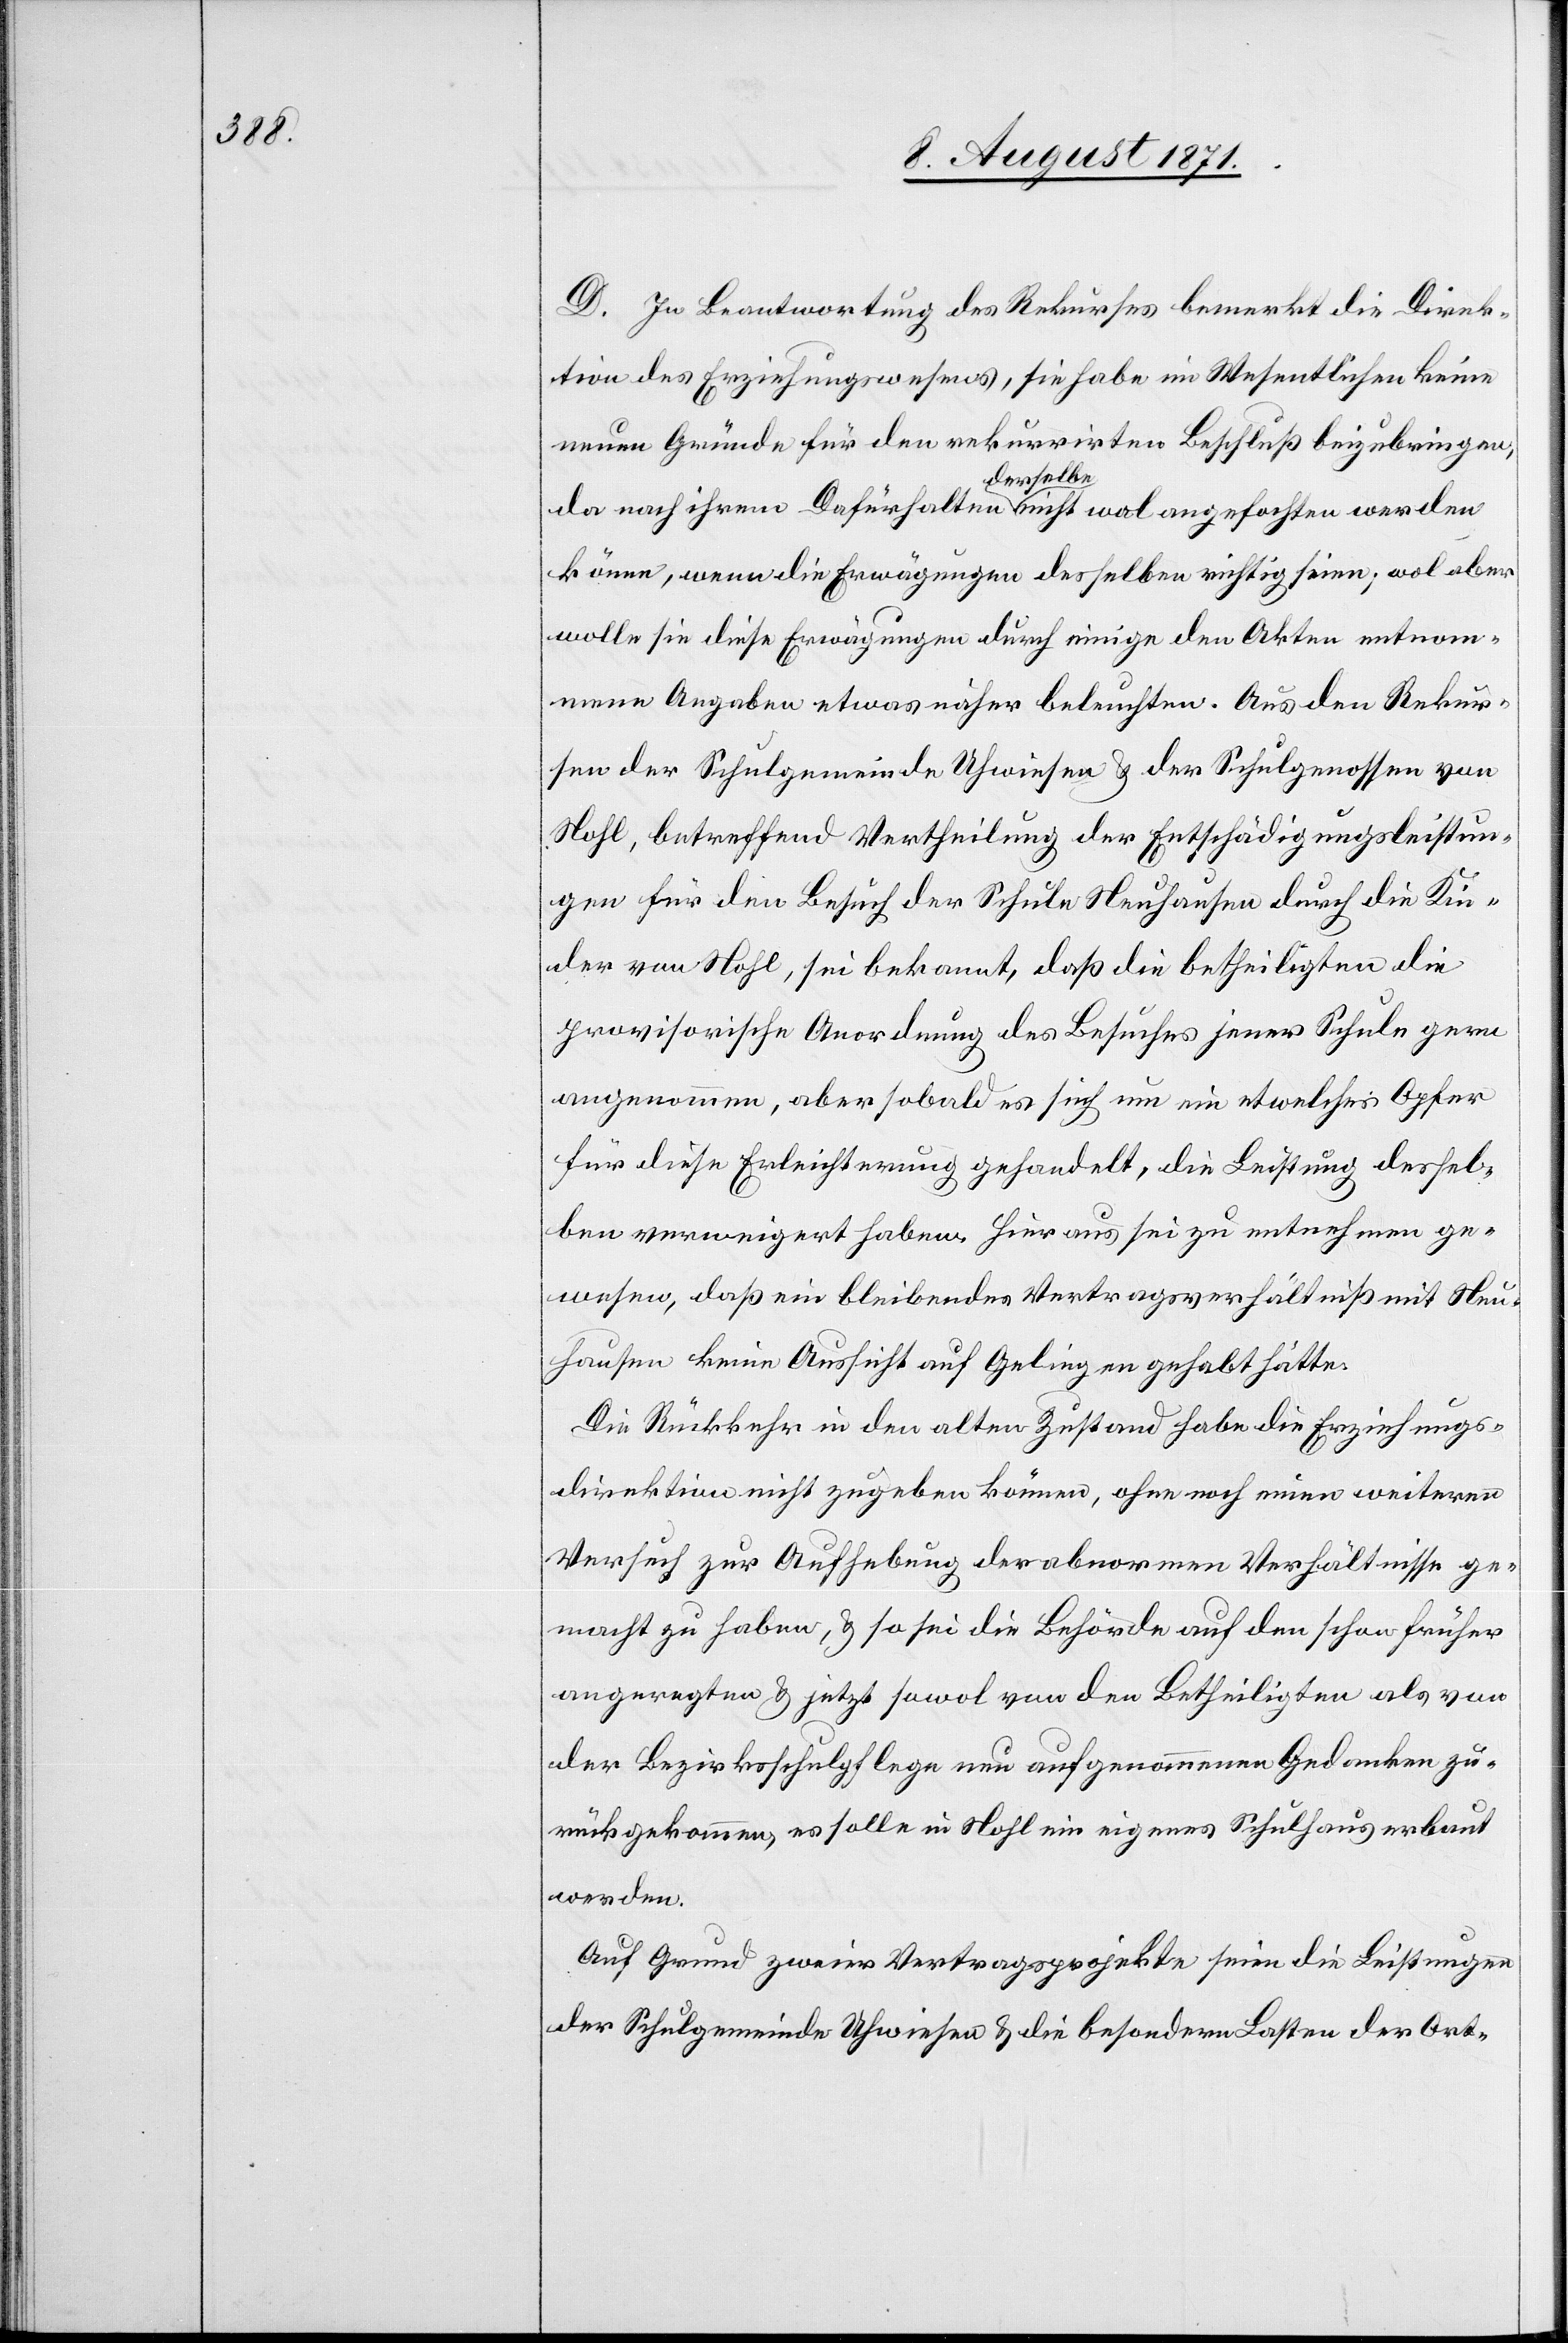
D. In Beantwortung des Rekurses bemerkt die Direk¬
tion des Erziehungswesens, sie habe im Wesentlichen keine
neuen Gründe für den rekurrirten Beschluß beizubringen,
da nach ihrem Dafürhalten derselbe nicht wol angefochten werden
könne, wenn die Erwägungen derselben richtig seien, wol aber
wolle sie diese Erwägungen durch einige den Akten entnom¬
mene Angaben etwas näher beleuchten. Aus den Rekur¬
sen der Schulgemeinde Uhwiesen & der Schulgenossen von
Nohl, betreffend Vertheilung der Entschädigungsleistun¬
gen für den Besuch der Schule Neuhausen durch die Kin¬
der von Nohl, sei bekannt, daß die betheiligten die
provisorische Anordnung des Besuches jener Schule gerne
angenommen, aber sobald es sich um ein etwelches Opfer
für diese Erleichterung gehandelt, die Leistung dessel¬
ben verweigert haben. Hieraus sei zu entnehmen ge¬
wesen, daß ein bleibendes Vertragsverhältniß mit Neu¬
hausen keine Aussicht auf Gelingen gehabt hätte.
Die Rückkehr in den alten Zustand habe die Erziehungs¬
direktion nicht zugeben können, ohne noch einen weiteren
Versuch zur Aufhebung der abnormen Verhältnisse ge¬
macht zu haben, & so sei die Behörde auf den schon früher
angeregten & jetzt sowol von den Betheiligten als von
der Bezirksschulpflege nun aufgenommenen Gedanken zu¬
rückgekommen es solle in Nohl ein eigenes Schulhaus erbaut
werden.
Auf Grund zweier Vertragsprojekte seien die Leistungen
der Schulgemeinde Uhwiesen & die besondern Lasten der Ort-